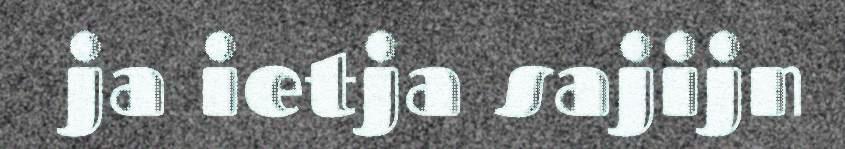
ja ietja sajijn